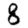
Digit: 8